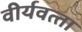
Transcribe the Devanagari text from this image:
वीर्यवत्‍ता